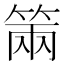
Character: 𥮩